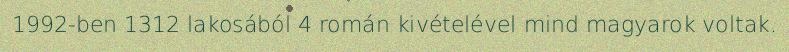
1992-ben 1312 lakosából 4 román kivételével mind magyarok voltak.